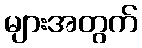
များအတွက်